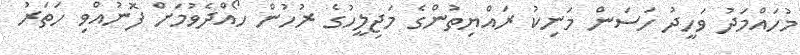
މުހައްމަދު ވަހީދު ހަސަން މަނިކު ރައްޔިތުންގެ މަޖިލީހުގެ ރުހުން ހޯއްދެވުމަށް ފޮނުއްވި ހަތަރު